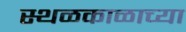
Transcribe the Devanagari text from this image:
स्थळकाळाच्या